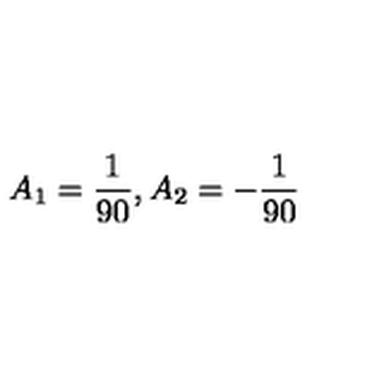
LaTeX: A _ { 1 } = { \frac { 1 } { 9 0 } } , A _ { 2 } = - { \frac { 1 } { 9 0 } }